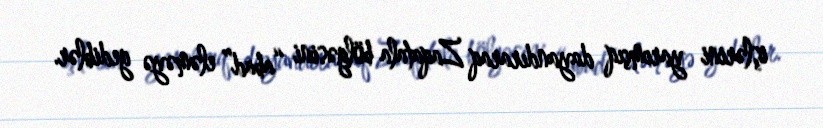
işlərini yarımçıq dayandıraraq Zaqatala bölgəsini “abad” eləməyə gediblər.